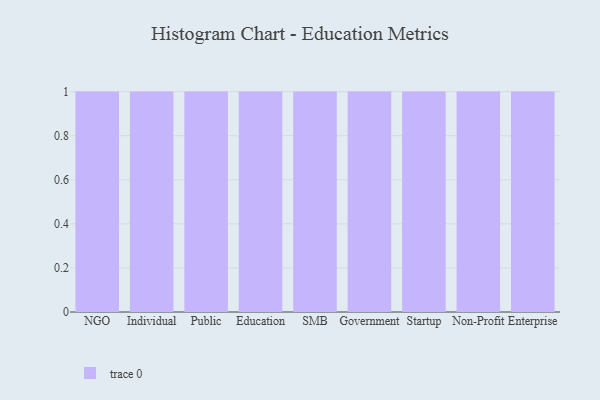
{"axis": {"x": "Segment", "y": "Temperature (°C)"}, "legend": [""], "data": [{"x": "NGO", "y": 20, "type": ""}, {"x": "Individual", "y": 86, "type": ""}, {"x": "Public", "y": 63, "type": ""}, {"x": "Education", "y": 98, "type": ""}, {"x": "SMB", "y": 47, "type": ""}, {"x": "Government", "y": 14, "type": ""}, {"x": "Startup", "y": 13, "type": ""}, {"x": "Non-Profit", "y": 91, "type": ""}, {"x": "Enterprise", "y": 39, "type": ""}]}